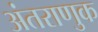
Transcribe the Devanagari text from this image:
अंतराणुक